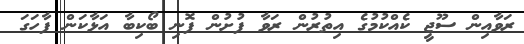
ރަވާއިން ސޫޖީ ކެއްކުމުގެ އިތުރުން ރަވާ ފުށުން ފޮނި ބޯކިބާ އަޅާކަން ފާހަގަ